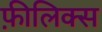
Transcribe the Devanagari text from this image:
फ़ीलिक्स